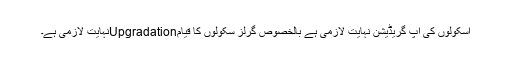
اسکولوں کی اپ گریڈیشن نہایت لازمی ہے بالخصوص گرلز سکولوں کا قیامUpgradationنہایت لازمی ہے۔